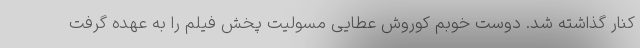
کنار گذاشته شد. دوست خوبم کوروش عطایی مسولیت پخش فیلم را به عهده گرفت